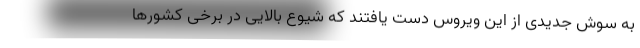
به سوش جدیدی از این ویروس دست یافتند که شیوع بالایی در برخی کشورها